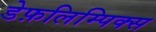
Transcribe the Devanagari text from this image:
डेफ़लिम्पिक्स